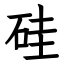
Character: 硅